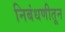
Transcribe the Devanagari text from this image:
निबंधणीतून